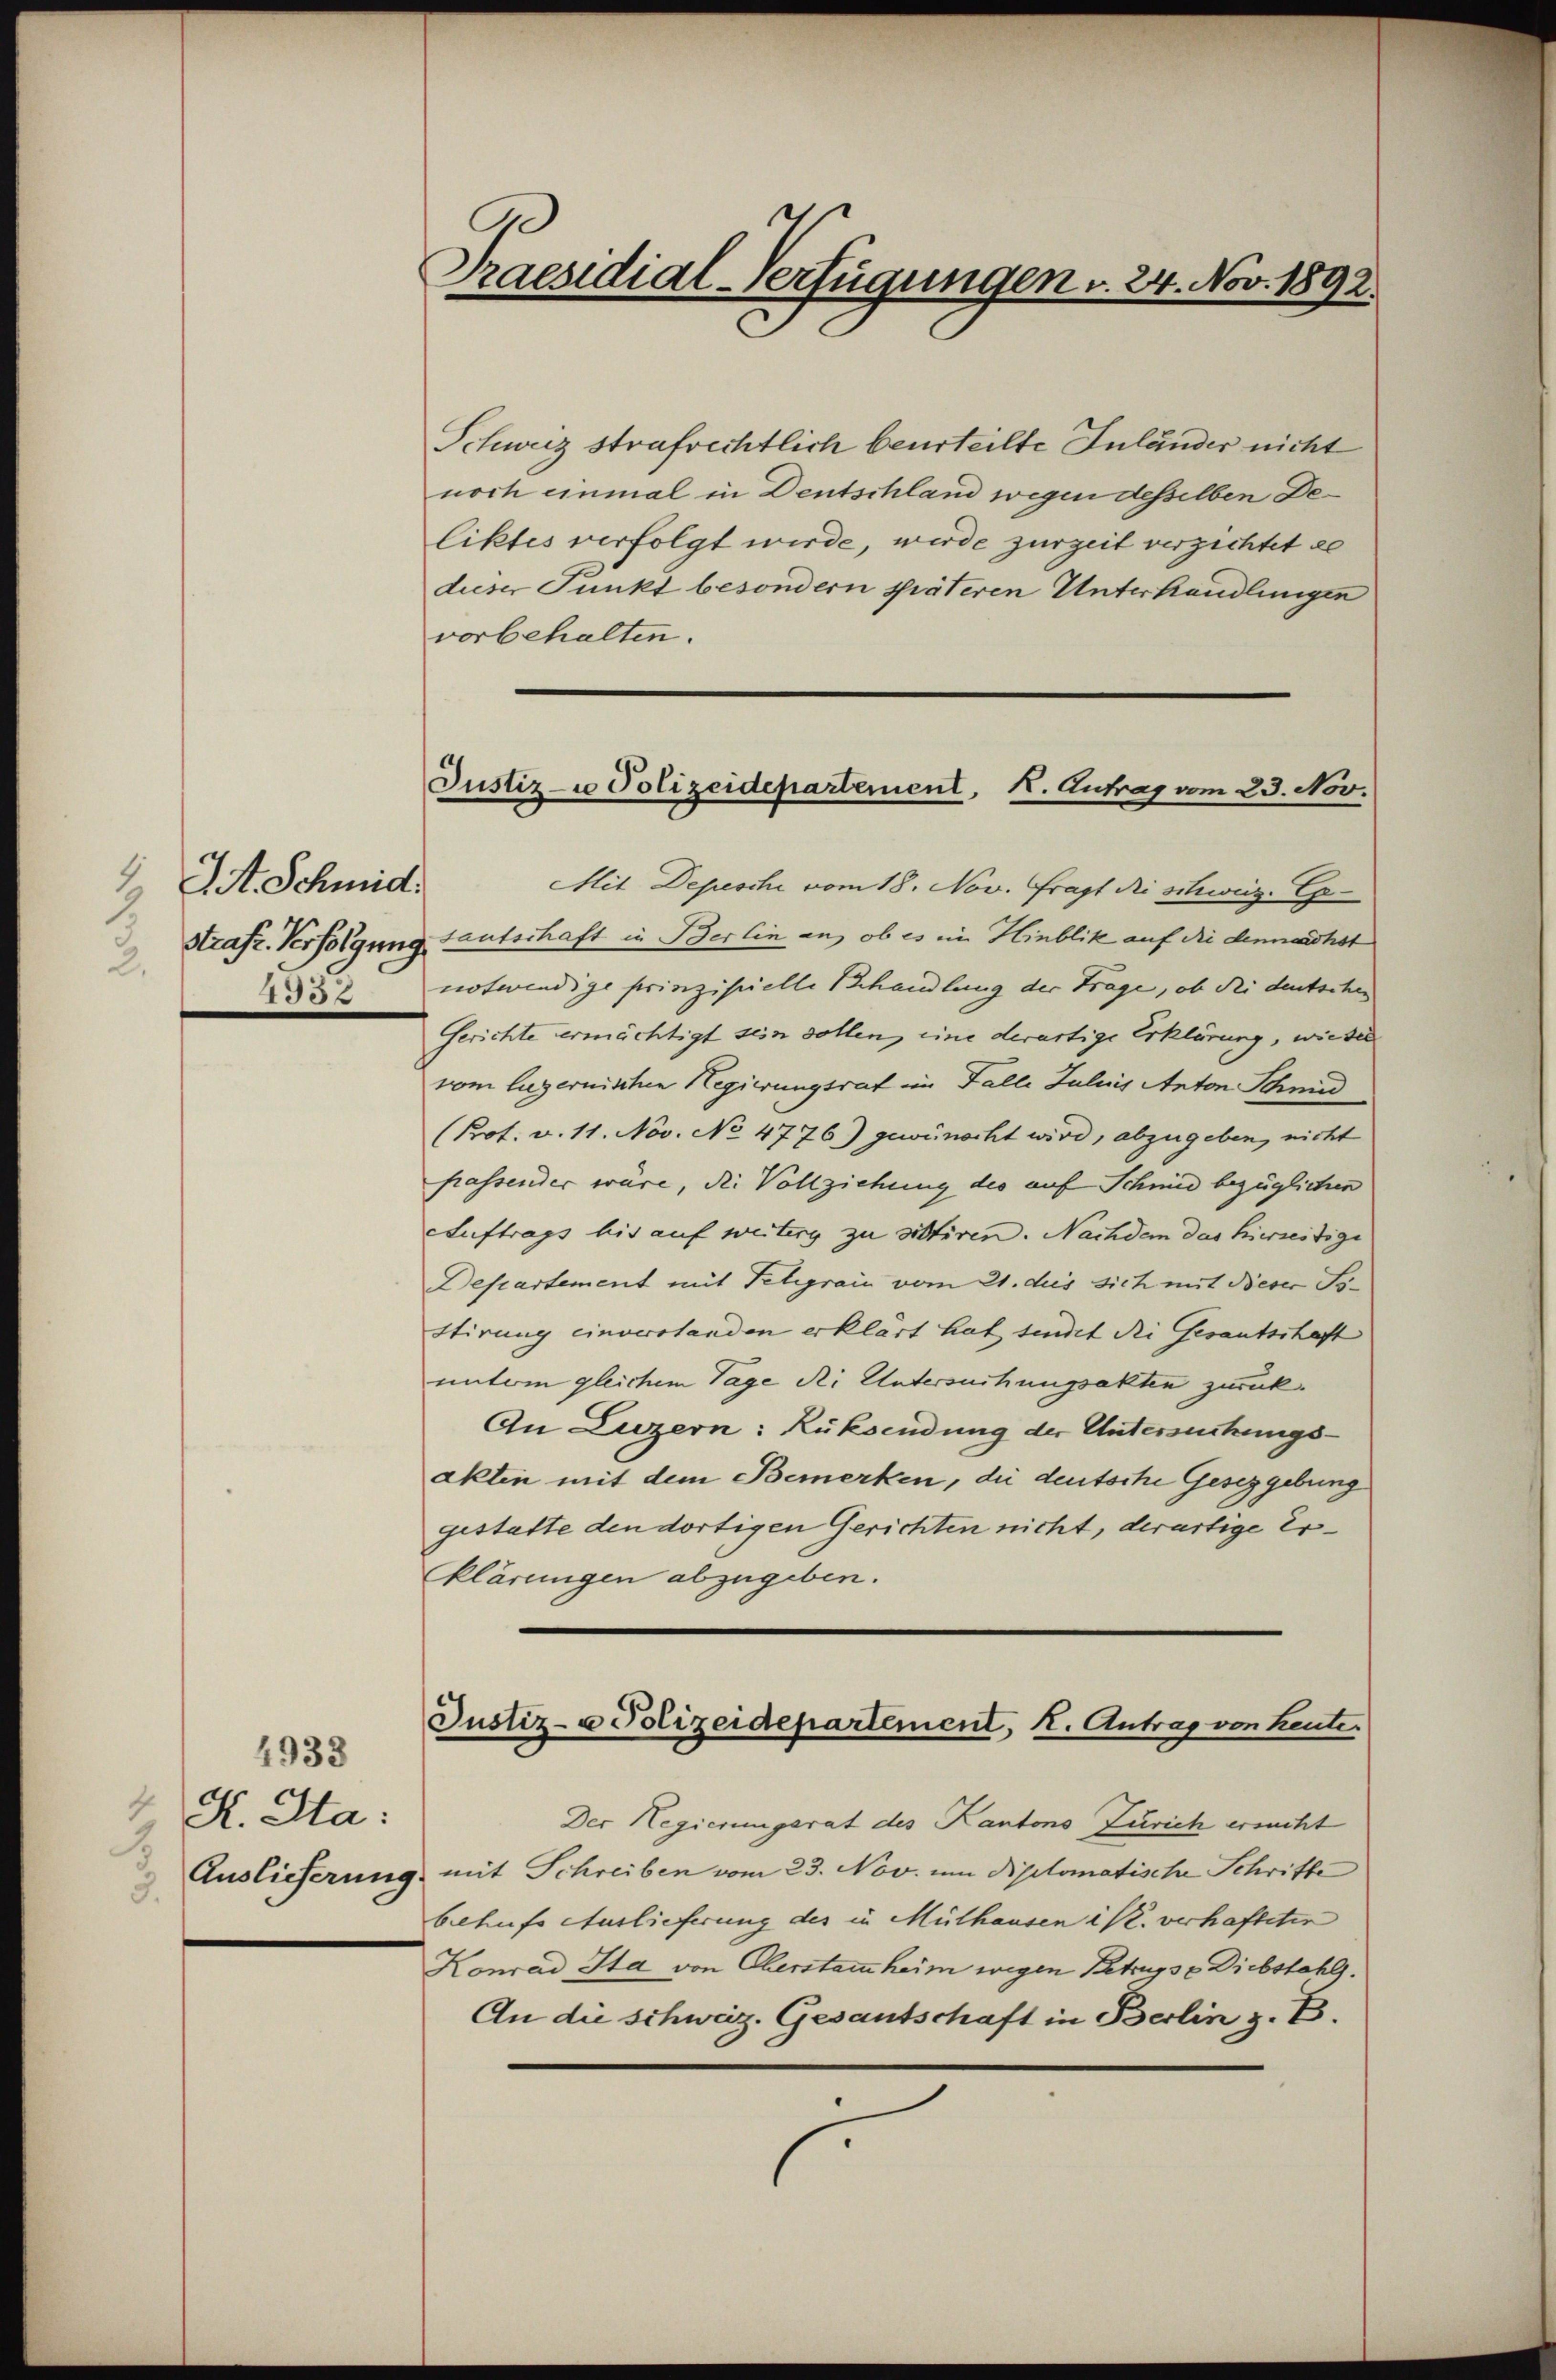
9
It. Schmid.
2.
150

4933
K. Sta:
3.

Praesidial-Verfügungen v. 24. Nov. 1892.

Schweiz strafrechtlich beurteilte Inländer nicht
noch einmal in Deutschland wegen desselben Deliktes verfolgt werde, werde zurzeit verzichtet de
dieser Punkt besondern späteren Unterhandlungen
vorbehalten.

Justiz- u Polizeidepartement, K. Antrag vom 23. Nov.

Mit Depeschi vom 18. Nov. Fragt die schweiz. Ex
Strafr. Verfolgung tautschaft in Berlin an, ob es im Hinblik auf die demnachst
notwendige prinzipielle Behandlung der Frage, ob dei deutschen
Gerichte ermächtigt sein sollen, eine derartige Erklärung, wieder
vom luzernischen Regierungsrat im Falle Juliis Anton Schmid
(Prof. v. 11. Nov. No 4776) gewünscht wird, abzugeben, nicht
passendes wäre, die Vollziehung des auf Schmid bezüglichen
Auftrags bis auf weiterg zu sittiren. Nachdem das hierseitige
Departement mit Telegrain vom 21. dies sich mit Dieser Sistirung einverstanden erklärt hat sindet die Gesantschaft
untem gleichem Tage Rei Untersuchungsakten zurück.
An Luzern: Rüksendung der Untersuchungsakten mit dem Bemerken, die deutsche Gesetzgebung
gestatte den dortigen Gerichten nicht, derartige Erklärungen abzugeben.

Justiz- u Polizeidepartement, 2. Antrag von heute.

Der Regierungsrat des Kantons Zürich ersucht
Auslieferung mit Schreiben vom 23. Nov. um Diplomatische Schrifte
behufs Auslieferung des in Mülhausen ist. verhafteter
Konrad Sta von Oberstammheim wegen Betrags = Diebstahl.
An die schweiz. Gesantschaft in Berlin z. B.